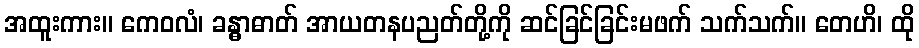
အထူးကား။ ကေဝလံ၊ ခန္ဓာဓာတ် အာယတနပညတ်တို့ကို ဆင်ခြင်ခြင်းမဖက် သက်သက်။ တေဟိ၊ ထို